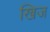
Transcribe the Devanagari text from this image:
खिज